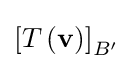
{\textstyle \left[T\left(\mathbf {v} \right)\right]_{B'}}